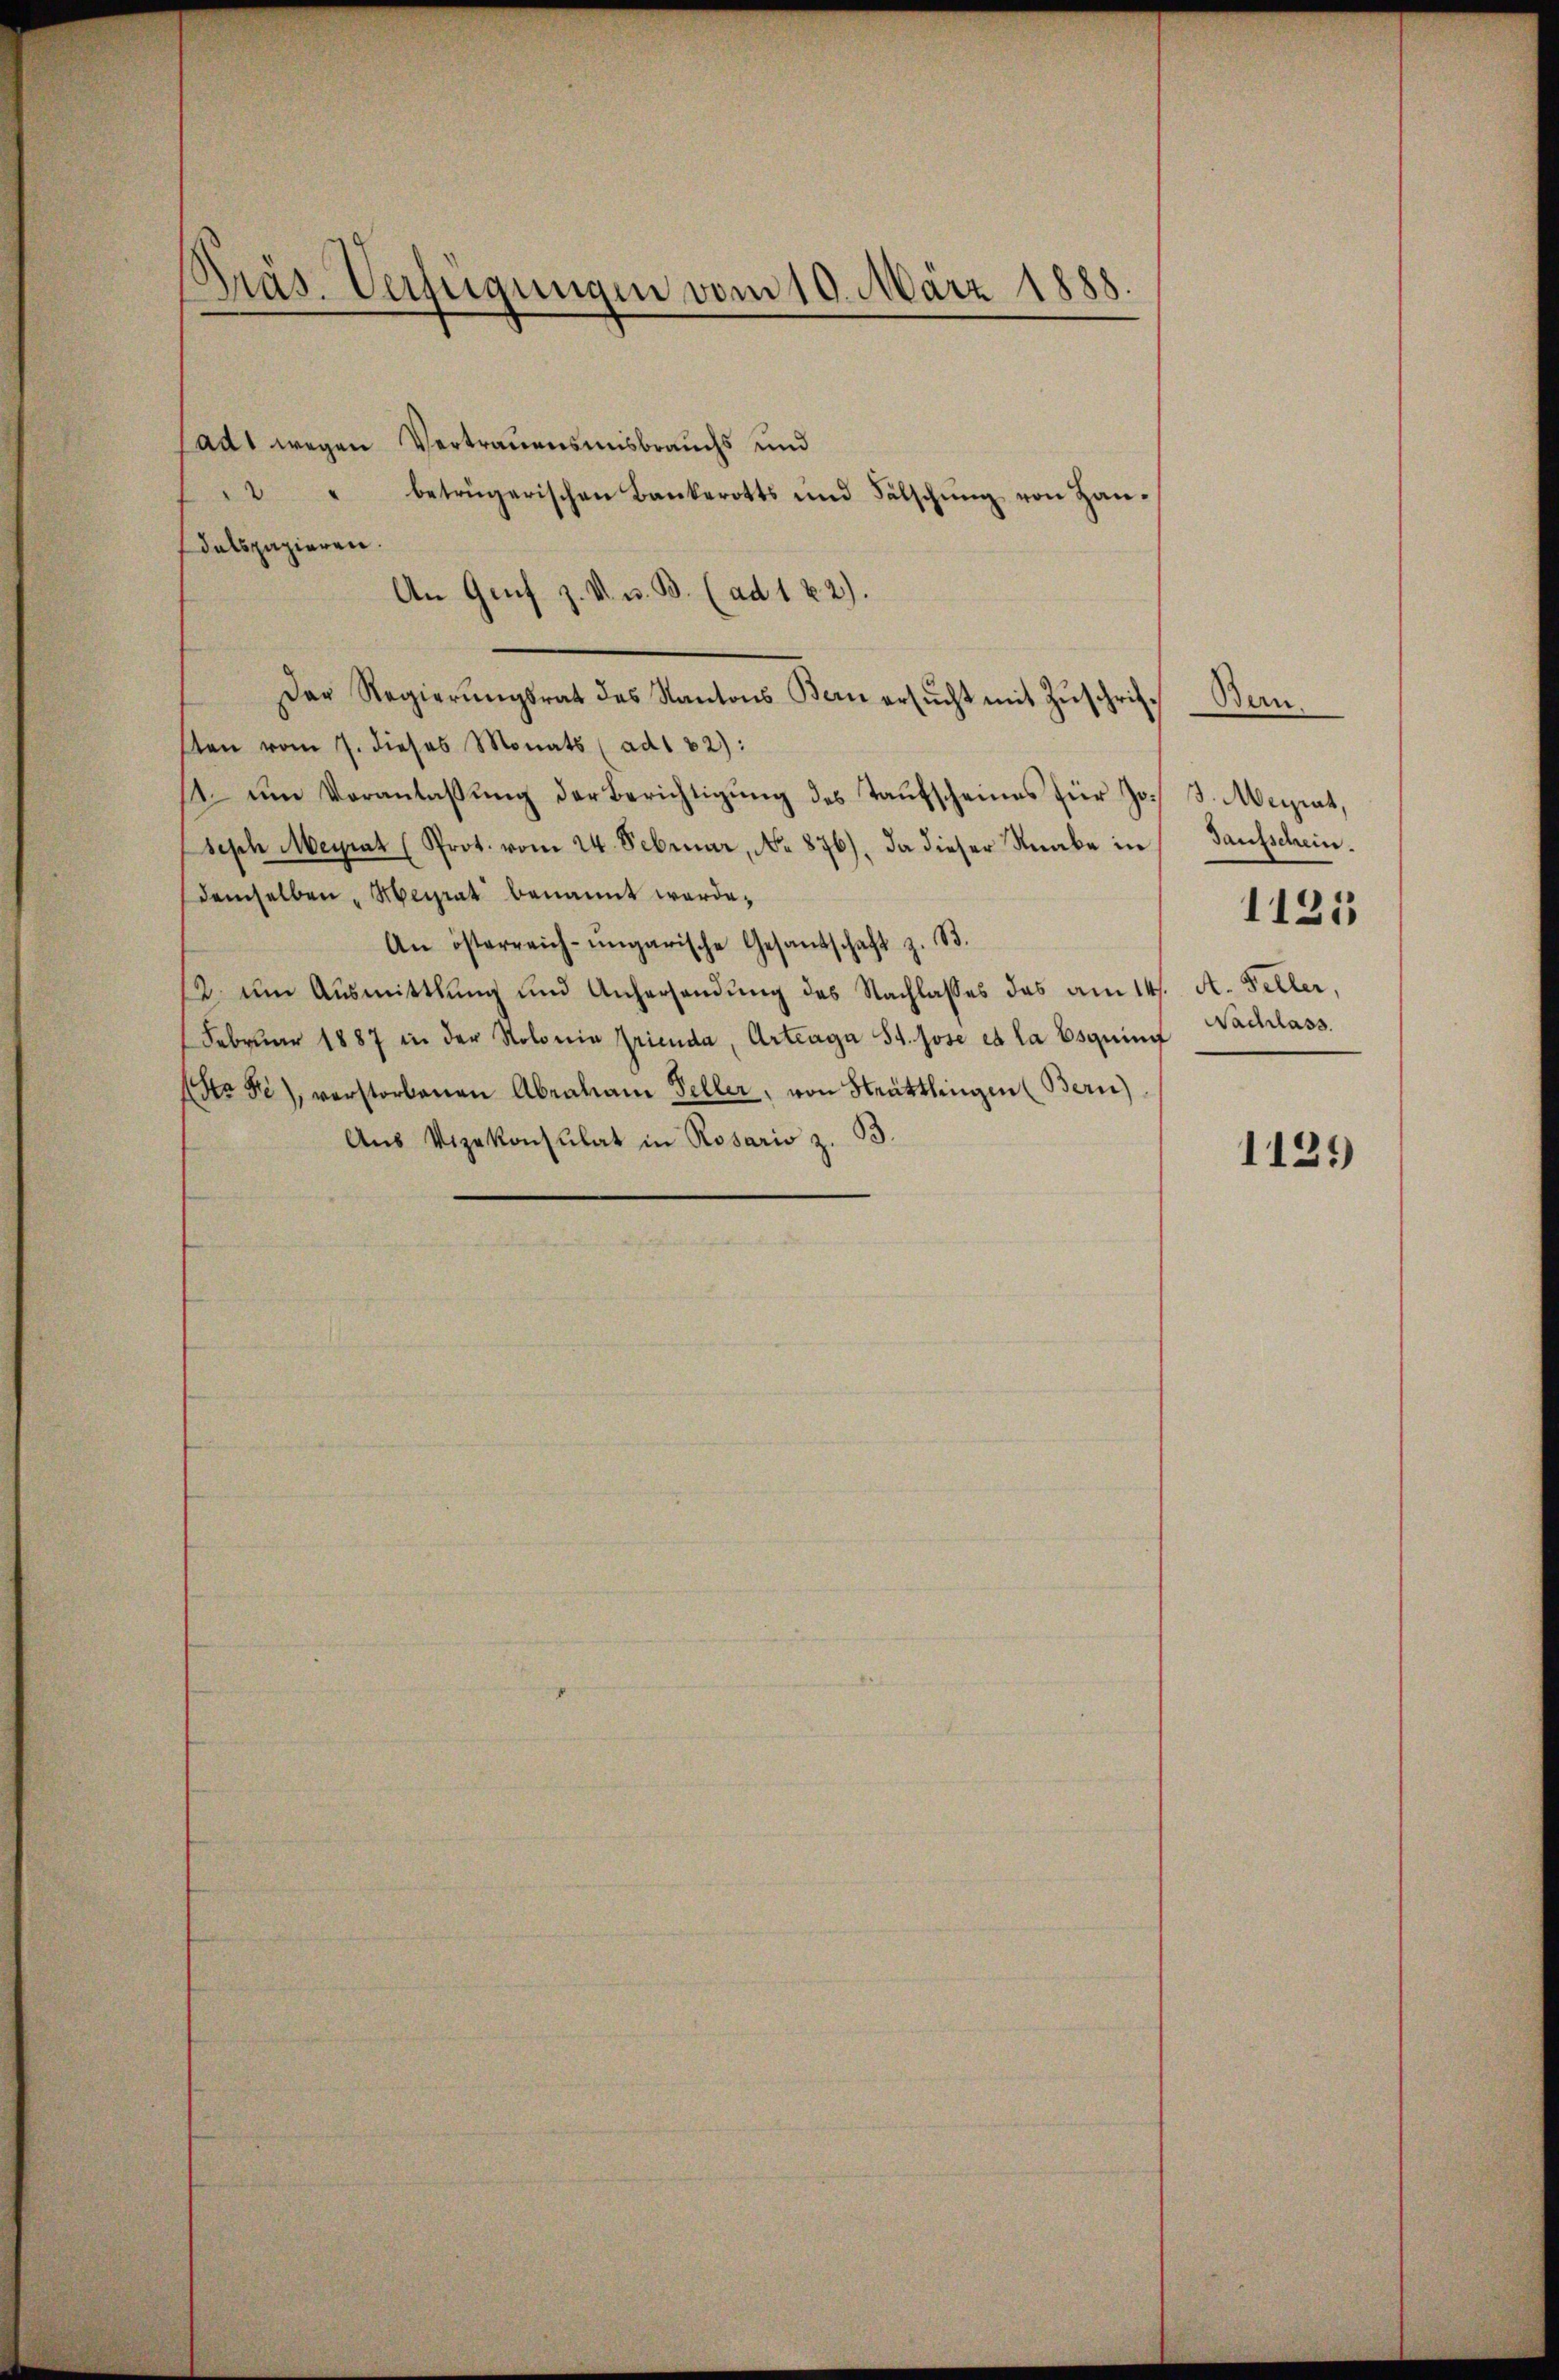
ladt wegen Vertrauensmisbrauchs und
 " betrügerischen Bankerotts und Fälschŭng von Han-
dalspazieren.
An Genf z. V. u. B. (ad 1 22).
Der Regierŭngsrat des Kantons Bern ersŭcht mit Zŭschrifsten vom 7. dieses Monats (ad1 82):
. um Veranlassŭng der Berichtigŭng des Taŭfscheines für J. J. Meiziat,
seph Meyrat (Prot. vom 24. Februar, No. 876), da dieser Knabe in
demselben „Meirat benannt werde.
An österreich-ungarische Gesandschaft z. B.
12. um Ausmittlung und Anhersendung des Nachlasses das am 14.
Febrŭar 1887 in der Solonia Grienda, Arteaga St. Jose et la Esquin Nachlass
(Sto Fe), verstorbenen Abraham Seller, von Stättlingen (Bern)
Aus Vizekonsulat in Rosaris z. B.

Präs. Verfügungen vom 10. März 1888.

Bern.
Taufschein.
1125
A. Keller,

1129